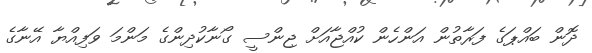
ދޮން ބައްޕަގެ ފަރާތުން އަންހެން ކުއްޖާއަށް ޖިންސީ ގޯނާކުދިންގެ މަންމަ ވަފިއްޔާ އޭނާގެ